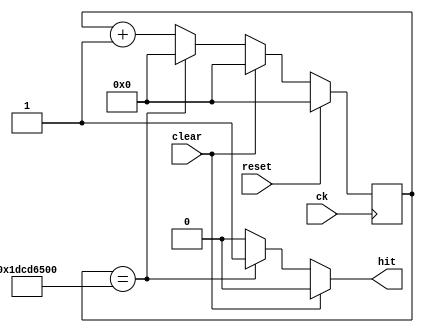
`timescale 1ns/1ps

module count_5s(
    input ck, reset, clear,
    output reg hit
);

    reg [28:0] count, count_next;

    always @(posedge ck) begin
        if (reset) count <= 0;
        else count <= count_next;
    end

    always @(count, clear) begin
        hit = 0;
        if (clear) begin
            count_next = 0;
        end
        else if (count == 500_000_000) begin
            count_next = 0;
            hit = 1;
        end
        else begin
            count_next = count + 1;
        end
    end

endmodule